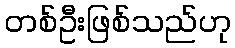
တစ်ဦးဖြစ်သည်ဟု